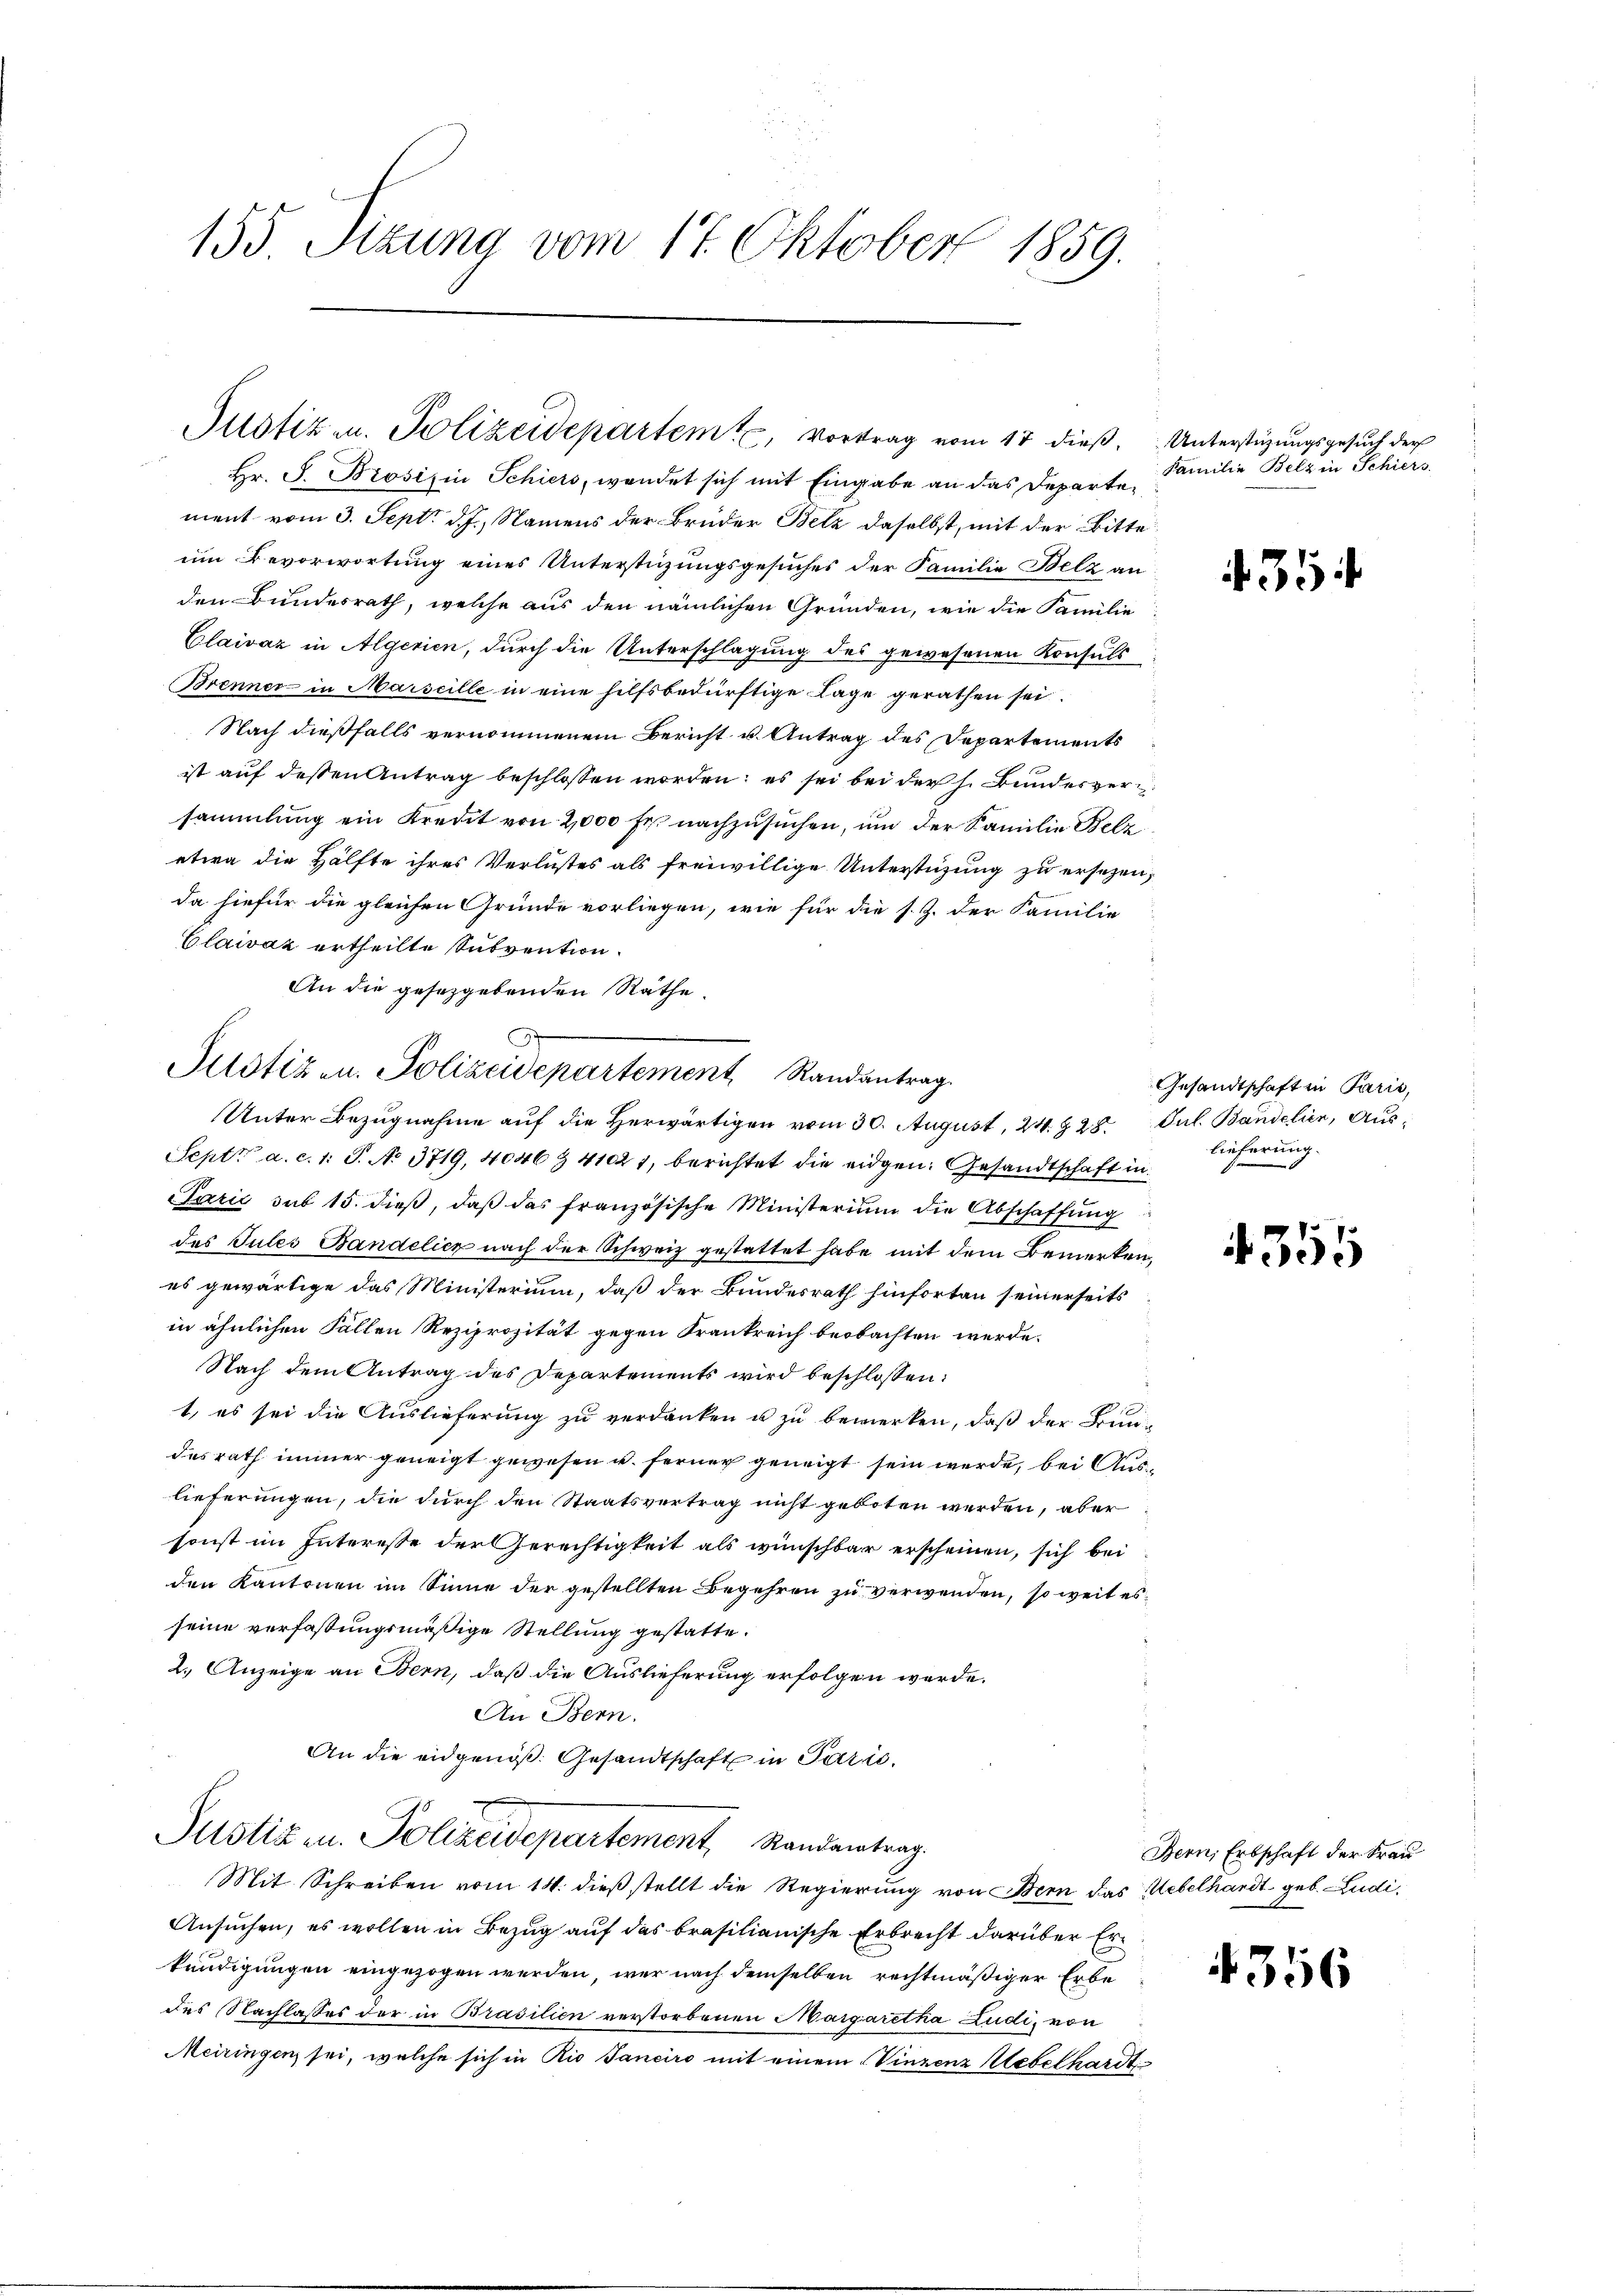
155. Sizung vom 17. Oktober 1859.

Justiz u. Polizeidepartem Vortrag vom 17 dieß. Unterstüzungsgesuch der

G
Justiz- u. Polizeidepartement, Randantrag.

Hr. J. Brosis in Schiers, wendet sich mit Eingabe an das Departen
ment vom 3. Sept. d. J., Namens der Brüder Belz daselbst, mit der Bitte
um Bevorwortung eines Unterstüzungsgesuches der Familie Belz an
den Bundesrath, welche aus den nämlichen Gründen, wie die Familie
Claivaz in Algerien, durch die Unterschlagung des gewesenen Konsuls
Brenner in Marseille in eine hilfsbedürftige Lage gerathen sei.
Nach dießfalls vernommenem Bericht u. Antrag des Departements
ist auf dessen Antrag beschlossen worden; es sei bei der h. Bundesversammlung ein Kredit von 2000 Fr. nachzusuchen, und der Familie Belz
etwa die Hälfte ihres Verlustes als freiwillige Unterstüzung zu ersezen,
da hiefür die gleichen Gründe vorliegen, wie für die s. Z. der Familie
Claivaz ertheilte Subvention.
An die gesetzgebenden Räthe.
Unter Bezugnahme auf die Herwärtigen vom 30. August, 24. 828. Jul. Bandelien, Aus¬
Sept. a. c. 1. J. No 3719, 4046 & 41021, berichtet die eidgen: Gesandtschaft in
Sarić sub 15. dieß, daβ das französische Ministerium die Abschaffung
des Tules Bandelicz nach der Schweiz gestattet habe mit dem Bemerken,
es gewärtige das Ministerium, daß der Bundesrath hinfortan seinerseits
in ähnlichen Fällen Reziprozität gegen Krankreich beobachten werde.
Nach dem Antrag des Departements wird beschlossen:
t, es sei die Auslieferung zu verdanken u zu bemerken, daß der Bun-
desrath immer geneigt gewesen u. ferner geneigt sein werde, bei Auslieferungen, die durch den Staatsvertrag nicht geboten werden, aber
sonst im Interesse der Gerechtigkeit als wünschbar erscheinen, sich bei
den Kantonen im Sinne der gestellten Begehren zu verwenden, so weit es
seine verfassungsmäßige Stellung gestatte.
2.) Anzeige an Bern, daß die Auslieferung erfolgen werde.
An Bern.
An die eidgenöß. Gesandtschaft in Paris.
Justiz u. Polizeidepartement Randantrag.
Mit Schreiben vom 14. dieß stellt die Regierung von Bern das Uebelhardt geb. Ludi¬
Ansuchen, es wollen in Bezug auf das brasilianische Erbrecht darüber Erkundigungen eingezogen werden, wer nach demselben rechtmäßiger Erbedes Nachlasses der in Brasilien verstorbenen Margaretha Zudi, von
Meiringen sei, welche sich in Rio Sanciro mit einem Vinzenz Uebelhardt¬

Familie Belz in Schiers.

35

Gesandtschaft in Paris,
lieferung.

4355

Bern, Erbschaft der Frau

4356